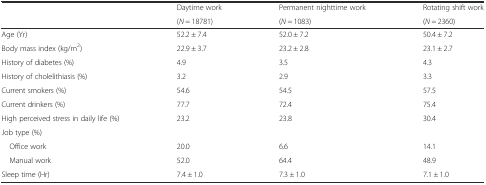
|  | Daytime work | Permanent nighttime work | Rotating shift work |
 |  | (N = 18781) | (N = 1083) | (N = 2360) |
 | --- | --- | --- | --- |
 | Age (Yr) | 52.2 ± 7.4 | 52.0 ± 7.2 | 50.4 ± 7.2 |
 | Body mass index (kg/m2) | 22.9 ± 3.7 | 23.2 ± 2.8 | 23.1 ± 2.7 |
 | History of diabetes (%) | 4.9 | 3.5 | 4.3 |
 | History of cholelithiasis (%) | 3.2 | 2.9 | 3.3 |
 | Current smokers (%) | 54.6 | 54.5 | 57.5 |
 | Current drinkers (%) | 77.7 | 72.4 | 75.4 |
 | High perceived stress in daily life (%) | 23.2 | 23.8 | 30.4 |
 | Job type (%) |  |  |  |
 | Office work | 20.0 | 6.6 | 14.1 |
 | Manual work | 52.0 | 64.4 | 48.9 |
 | Sleep time (Hr) | 7.4 ± 1.0 | 7.3 ± 1.0 | 7.1 ± 1.0 |